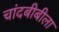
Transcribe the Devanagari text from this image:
चांदबीबीला